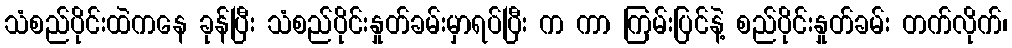
သံစည်ပိုင်းထဲကနေ ခုန်ပြီး သံစည်ပိုင်းနှုတ်ခမ်းမှာရပ်ပြီး က ကာ ကြမ်းပြင်နဲ့ စည်ပိုင်းနှုတ်ခမ်း တက်လိုက်၊